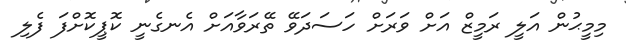
މިމީޙުން އަލީ ރަމީޒް އަށް ވަރަށް ހަސަދަވޭ ތޭރަވާއަށް އެނގެނީ ކޮޕީކޮށްފަ ފެލި